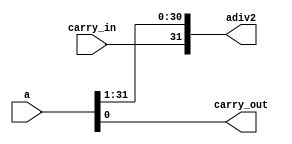
//======================================================================
//
// shr32.v
// -------
// 32bit right shift with carry in / carry out.
//
//
// Copyright (c) 2015 Assured AB
// All rights reserved.
//
// Redistribution and use in source and binary forms, with or
// without modification, are permitted provided that the following
// conditions are met:
//
// 1. Redistributions of source code must retain the above copyright
//    notice, this list of conditions and the following disclaimer.
//
// 2. Redistributions in binary form must reproduce the above copyright
//    notice, this list of conditions and the following disclaimer in
//    the documentation and/or other materials provided with the
//    distribution.
//
// THIS SOFTWARE IS PROVIDED BY THE COPYRIGHT HOLDERS AND CONTRIBUTORS
// "AS IS" AND ANY EXPRESS OR IMPLIED WARRANTIES, INCLUDING, BUT NOT
// LIMITED TO, THE IMPLIED WARRANTIES OF MERCHANTABILITY AND FITNESS
// FOR A PARTICULAR PURPOSE ARE DISCLAIMED. IN NO EVENT SHALL THE
// COPYRIGHT OWNER OR CONTRIBUTORS BE LIABLE FOR ANY DIRECT, INDIRECT,
// INCIDENTAL, SPECIAL, EXEMPLARY, OR CONSEQUENTIAL DAMAGES (INCLUDING,
// BUT NOT LIMITED TO, PROCUREMENT OF SUBSTITUTE GOODS OR SERVICES;
// LOSS OF USE, DATA, OR PROFITS; OR BUSINESS INTERRUPTION) HOWEVER
// CAUSED AND ON ANY THEORY OF LIABILITY, WHETHER IN CONTRACT,
// STRICT LIABILITY, OR TORT (INCLUDING NEGLIGENCE OR OTHERWISE)
// ARISING IN ANY WAY OUT OF THE USE OF THIS SOFTWARE, EVEN IF
// ADVISED OF THE POSSIBILITY OF SUCH DAMAGE.
//
//======================================================================

module shr32(
             input wire  [31 : 0] a,
             input wire           carry_in,
             output wire [31 : 0] adiv2,
             output wire          carry_out
            );

  assign adiv2      = {carry_in, a[31 : 1]};
  assign carry_out = a[0];

endmodule // shr32

//======================================================================
// EOF shr32.v
//======================================================================